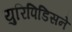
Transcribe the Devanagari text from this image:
युरिपिडिसने